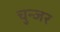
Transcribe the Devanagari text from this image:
चुन्जर